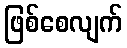
ဖြစ်စေလျက်